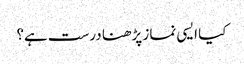
کیا ایسی نماز پڑھنا درست ہے؟